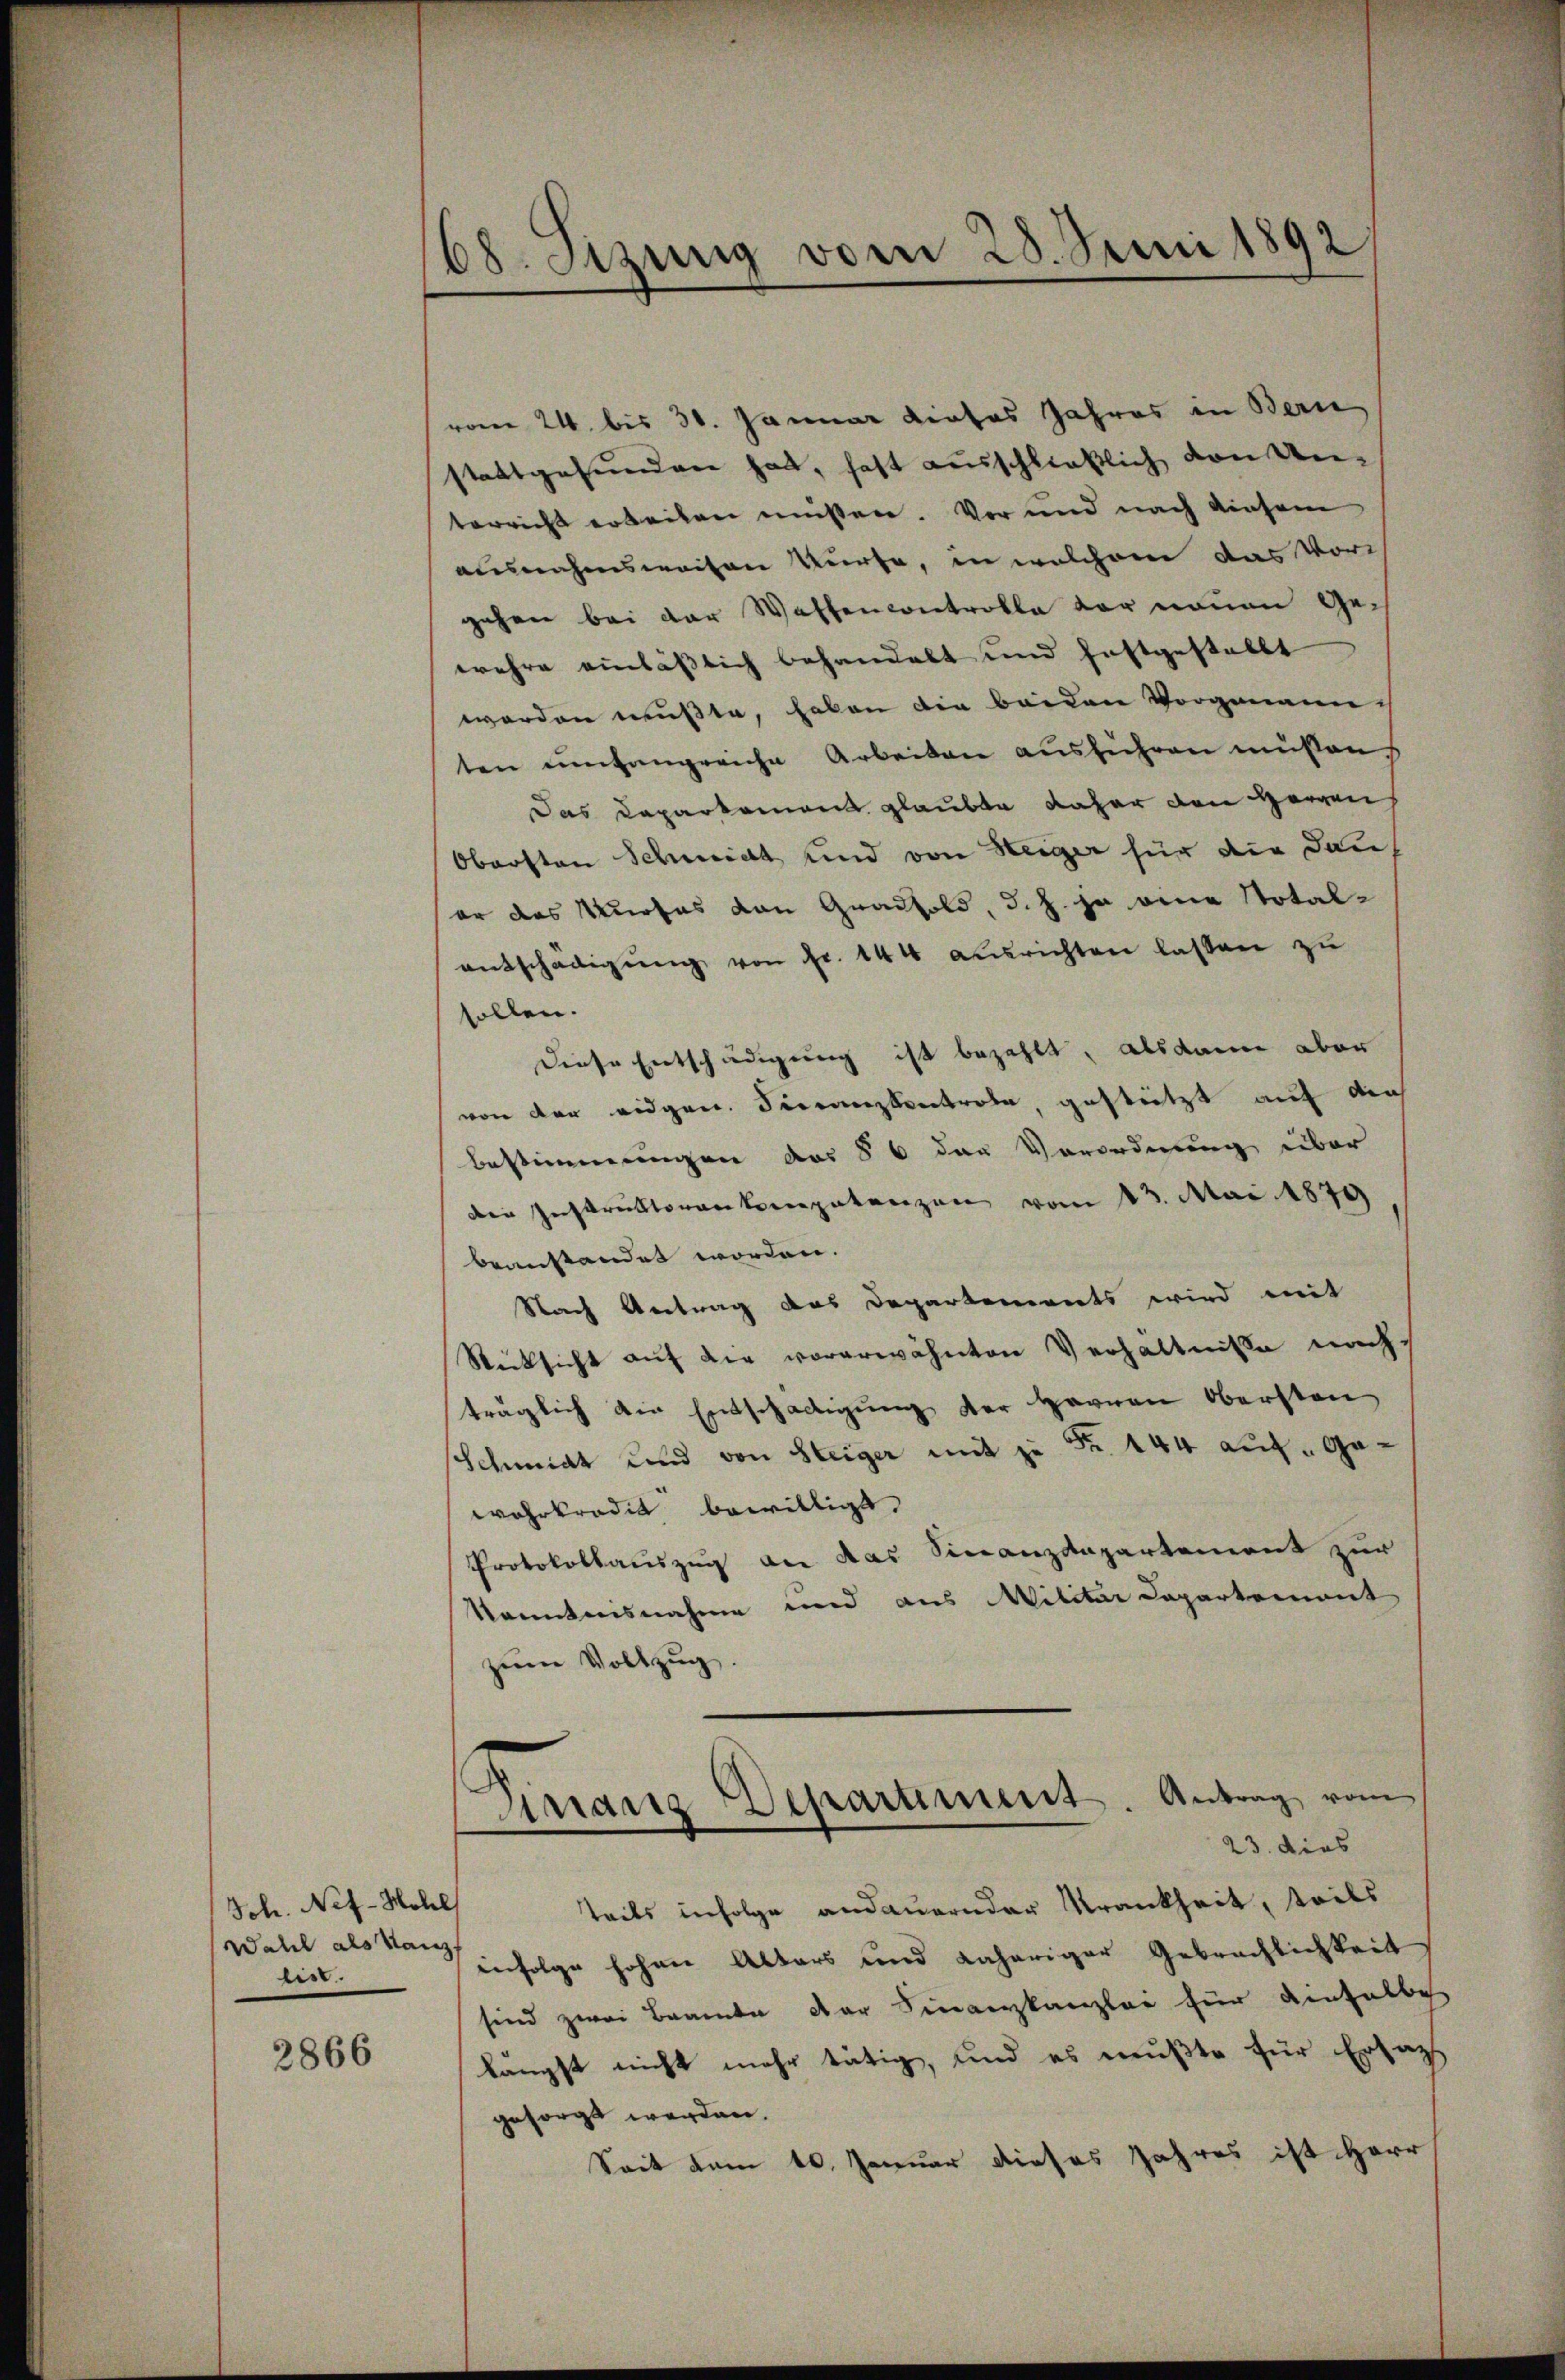
Jch. Nef-Hols
Wahl als Kanz
bis.

2866

08. Sitzung vom 28. Juni 1892/

vom 24. bis 30. Januar dieses Jahres in Bern
stattgefunden hat, hatt ausschließlich von Unterricht arbeiten müßen. Vor und nach diesem
ausnahmsweiten dürfe, in welchem das Vor
gehen bei der Waffencontrolle der neuen Gewehre einlässlich behandelt und festgestellt
worden mußte, haben die beiden Vorgenann
ten umfangreiche Arbeiten aŭsführen müßen.
Das Daparkament glaubte daher den Herren
Obersten Schmidt und von Steiger für die Dauer das Wurfes von Gradhold, d. h. ja eine Stotalentschädigŭng von Fr. 144 ausrichten lassen zu
sollen.
Diese Entschädigung ist bezahlt, alsdann aber
von der eidgen. Fieranzkontrole, gestützt auf den
Bestimmungen des § 6 der Verordnung über
der Instruktoren Verpatenzen vom 13. Mai 1879
beanstandet worden.
Nach Antrag das Departements wird mit
Rücksicht auf die vorerwähnten Verhältnisse nach
träglich die Entschädigŭng der Herren Oberstan
Schmidt und von Steiger mit zu Fr. 144 auf - Gawahrkredit bewilligt.
Protokollauszug an das Finanzdepartement zur
Kenntnisnahme und aus Militar Capartement
zum Vollzug.
23. dies
teils infolge andauernder Krankheit, teils
infolge hohen Alters und daheriger Gebrachlichkeit
sind zwei Brande der Finanzkanzlei für einhalbe
längst nicht mehr tätig, und es mußte für Ersat
gesorgt werden.
Seit vom 10. Januar dieses Jahres ist Herr

Finanz Departiment. Antrag vom